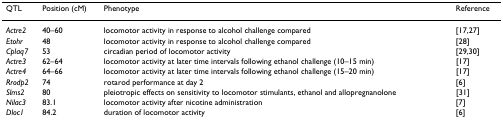
| QTL | Position (cM) | Phenotype | Reference |
 | --- | --- | --- | --- |
 | Actre2 | 40–60 | locomotor activity in response to alcohol challenge compared | [17,27] |
 | Etohr | 48 | locomotor activity in response to alcohol challenge compared | [28] |
 | Cplaq7 | 53 | circadian period of locomotor activity | [29,30] |
 | Actre3 | 62–64 | locomotor activity at later time intervals following ethanol challenge (10–15 min) | [17] |
 | Actre4 | 64–66 | locomotor activity at later time intervals following ethanol challenge (15–20 min) | [17] |
 | Rrodp2 | 74 | rotarod performance at day 2 | [6] |
 | Slms2 | 80 | pleiotropic effects on sensitivity to locomotor stimulants, ethanol and allopregnanolone | [31] |
 | Nilac3 | 83.1 | locomotor activity after nicotine administration | [7] |
 | Dloc1 | 84.2 | duration of locomotor activity | [6] |